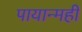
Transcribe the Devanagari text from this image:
पायान्मही